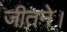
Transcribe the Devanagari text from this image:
जीतने।